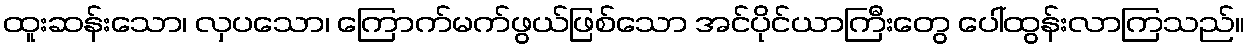
ထူးဆန်းသော၊ လှပသော၊ ကြောက်မက်ဖွယ်ဖြစ်သော အင်ပိုင်ယာကြီးတွေ ပေါ်ထွန်းလာကြသည်။